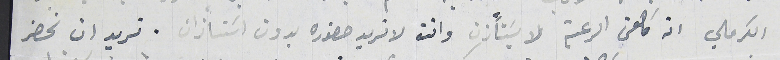
الكرملي انه كاهن الرعية لا يسَتأذن وانت لا تريد حضوره بدون اسَتأزان. نريد ان نحضر